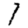
Digit: 1